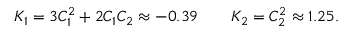
K _ { 1 } = 3 C _ { 1 } ^ { 2 } + 2 C _ { 1 } C _ { 2 } \approx - 0 . 3 9 \qquad K _ { 2 } = C _ { 2 } ^ { 2 } \approx 1 . 2 5 .